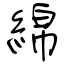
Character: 綿